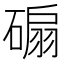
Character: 𥔱